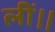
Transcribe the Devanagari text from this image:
लीं।।